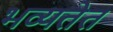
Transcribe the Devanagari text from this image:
भव्यतेत